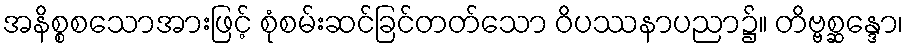
အနိစ္စစသောအားဖြင့် စုံစမ်းဆင်ခြင်တတ်သော ဝိပဿနာပညာ၌။ တိဗ္ဗစ္ဆန္ဒော၊